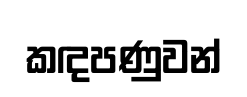
කඳපණුවන්